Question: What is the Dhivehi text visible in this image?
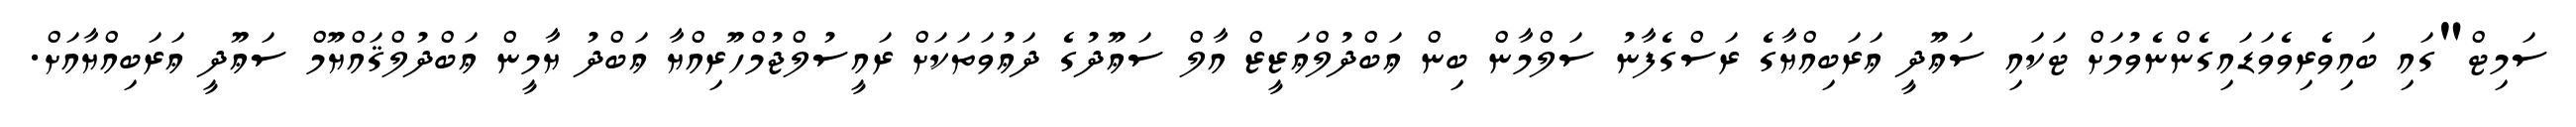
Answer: ސަމިޓް"ގައި ބައިވެރިވެވަޑައިގެންނެވުމަށް ޓަކައި ސަޢޫދީ ޢަރަބިއްޔާގެ ރަސްގެފާނު ސަލްމާން ބިން ޢަބްދުލްޢަޒީޒް އާލް ސަޢޫދުގެ ދަޢުވަތަކަށް ރައީސުލްޖުމްހޫރިއްޔާ ޢަބްދު ޔާމީން ޢަބްދުލްޤައްޔޫމް ސަޢޫދީ ޢަރަބިއްޔާއަށް.